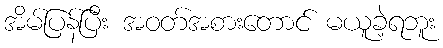
အိမ်ပြန်ပြီး အဝတ်အစားတောင် မယူခဲ့ရဘူး